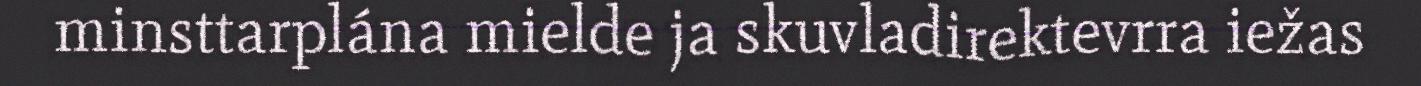
minsttarplána mielde ja skuvladirektevrra iežas